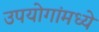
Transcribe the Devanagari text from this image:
उपयोगांमध्ये